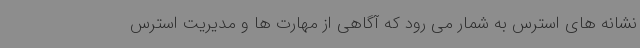
نشانه های استرس به شمار می رود که آگاهی از مهارت ها و مدیریت استرس